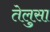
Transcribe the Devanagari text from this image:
तेलुसा